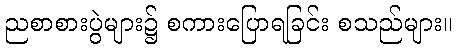
ညစာစားပွဲများ၌ စကားပြောရခြင်း စသည်များ။